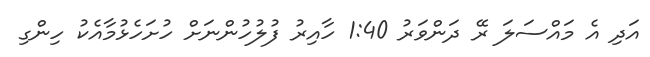
އަދި އެ މައްސަލަ ރޭ ދަންވަރު 1:40 ހާއިރު ފުލުހުންނަށް ހުށަހެޅުމާއެކު ހިންގި